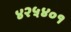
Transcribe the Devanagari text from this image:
४२५४०१